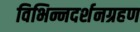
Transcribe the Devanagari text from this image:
विभिन्नदर्शनग्रहण